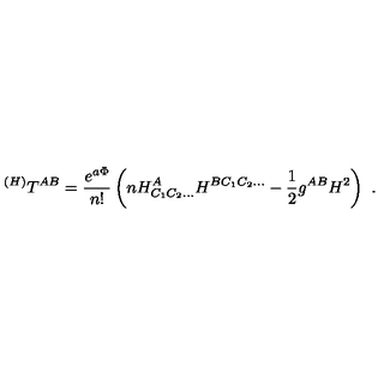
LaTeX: ^ { ( H ) } T ^ { A B } = { \frac { e ^ { a \Phi } } { n ! } } \left( n H _ { C _ { 1 } C _ { 2 } \ldots } ^ { A } H ^ { B C _ { 1 } C _ { 2 } \ldots } - { \frac { 1 } { 2 } } g ^ { A B } H ^ { 2 } \right) \ .